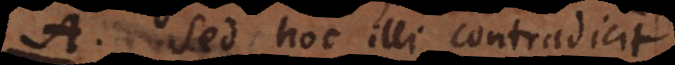
A. Sed hoc illi contradici